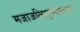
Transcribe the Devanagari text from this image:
मजाजलिसुस्नफ़ायस